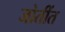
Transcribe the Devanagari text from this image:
जोतींत